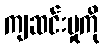
ကျဆင်းမှုကို